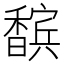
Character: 𮹀